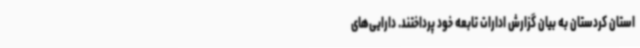
استان کردستان به بیان گزارش ادارات تابعه خود پرداختند. دارایی‌های